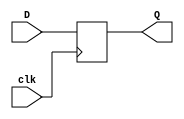
module RisingEdge_DFlipFlop(D,clk,Q);
input D; 
input clk; 
output Q; 
always @(posedge clk) 
begin
 Q <= D; 
end 
endmodule